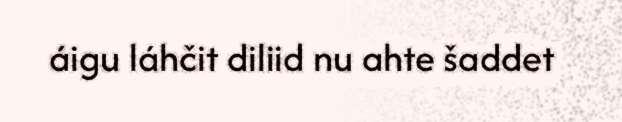
áigu láhčit diliid nu ahte šaddet